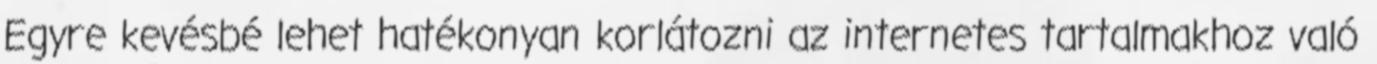
Egyre kevésbé lehet hatékonyan korlátozni az internetes tartalmakhoz való